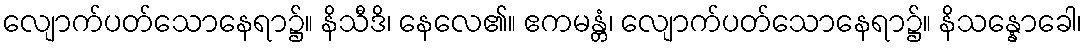
လျောက်ပတ်သောနေရာ၌။ နိသီဒိ၊ နေလေ၏။ ဧကမန္တံ၊ လျောက်ပတ်သောနေရာ၌။ နိသန္နောခေါ၊